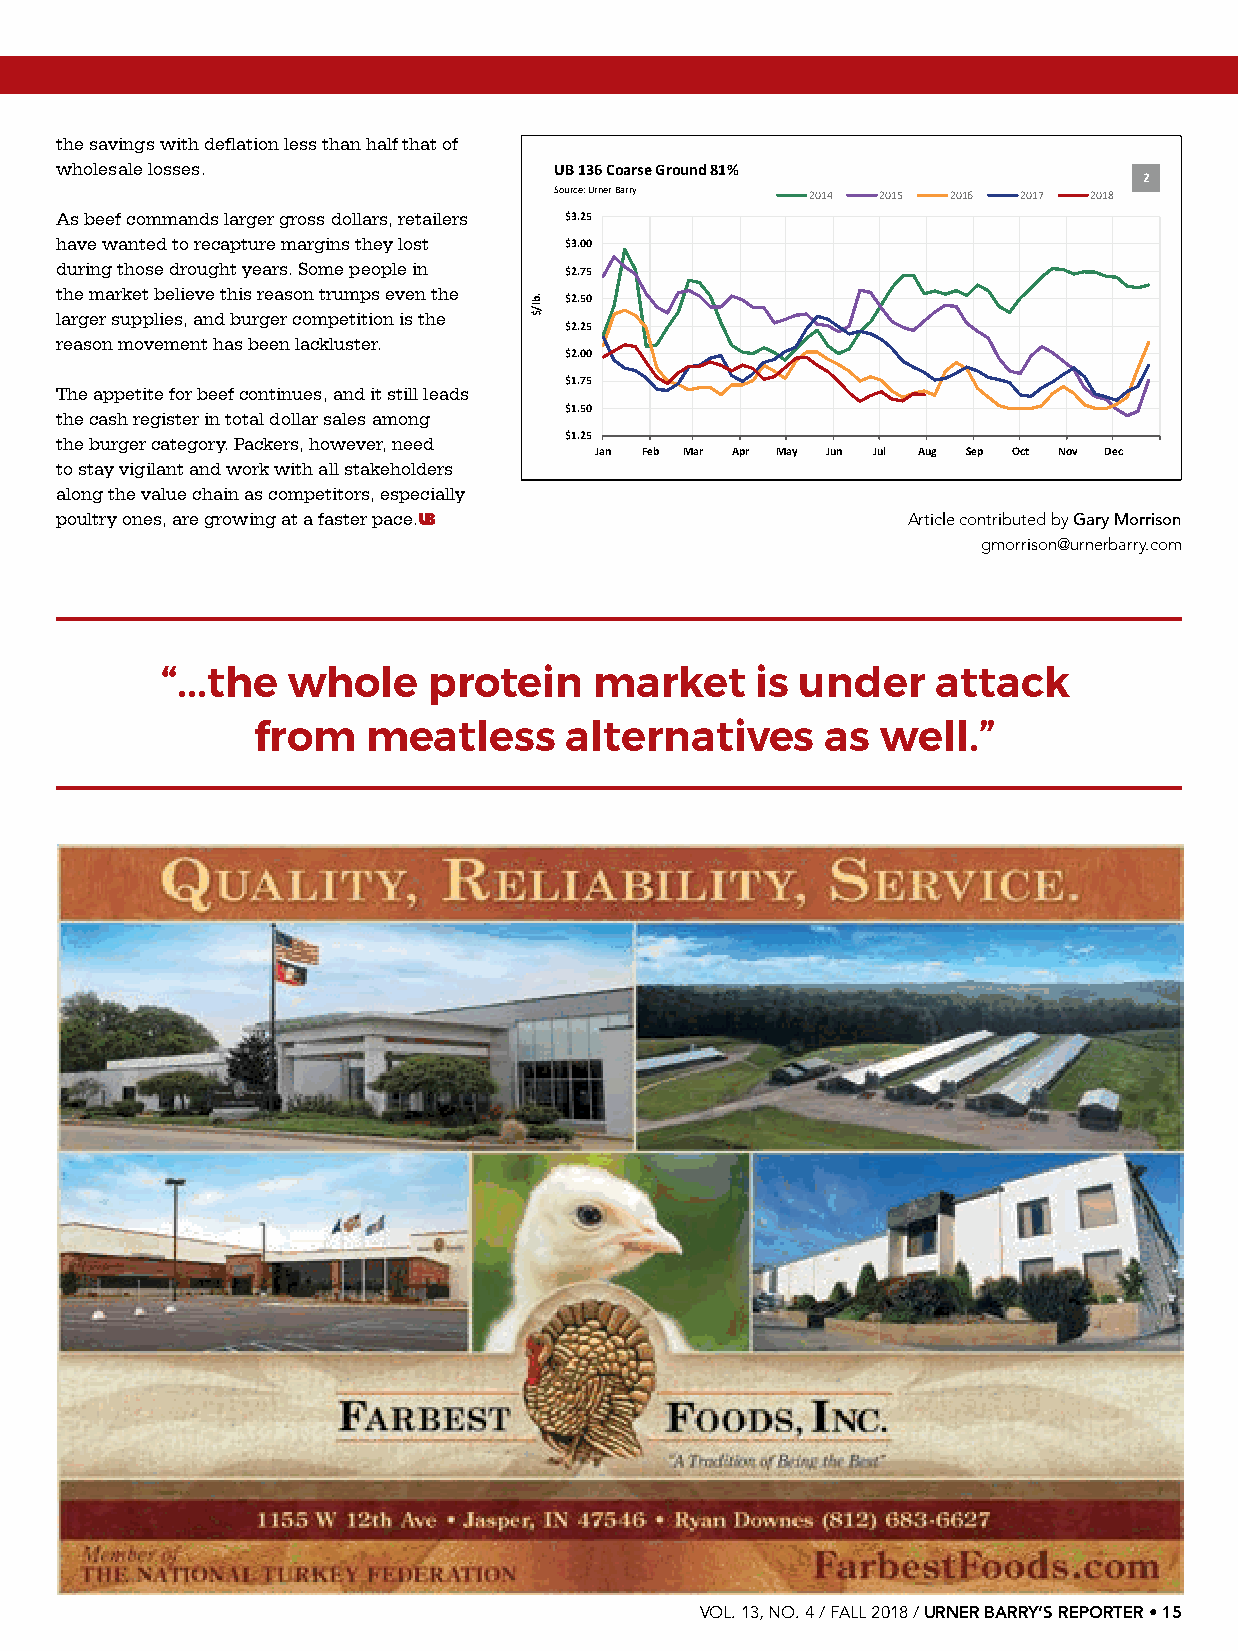
What’s your favorite burger to put on the grill?
 the savings with deflation less than half that of
 wholesale losses.                UB 136 Coarse Ground 81%
 2
 Source: UrnerBarry 2014 2015 2016 2017 2018
 As beef commands larger gross dollars, retailers $3.25
 have wanted to recapture margins they lost $3.00
 during those drought years. Some people in $2.75
 the market believe this reason trumps even the
 $2.50
 larger supplies, and burger competition is the
 $2.25
 reason movement has been lackluster.
 $2.00
 $1.75
 The appetite for beef continues, and it still leads
 $1.50
 the cash register in total dollar sales among
 the burger category. Packers, however, need $1.25
 Jan Feb Mar Apr May Jun Jul Aug Sep Oct Nov Dec
 to stay vigilant and work with all stakeholders
 along the value chain as competitors, especially
 poultry ones, are growing at a faster pace.UB           Article contributed by Gary Morrison
 gmorrison@urnerbarry.com
 “...the whole    protein    market     is under    attack
 from   meatless     alternatives      as well.”
 VOL. 13, NO. 4 / FALL 2018 / URNER BARRY’S REPORTER • 15
 .bl/$